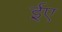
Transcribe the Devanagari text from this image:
ईए